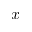
x